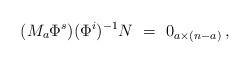
LaTeX: \begin{align*} (M_a\Phi^s)(\Phi^i)^{-1}N\ =\ 0_{a\times(n-a)}\,,\end{align*}